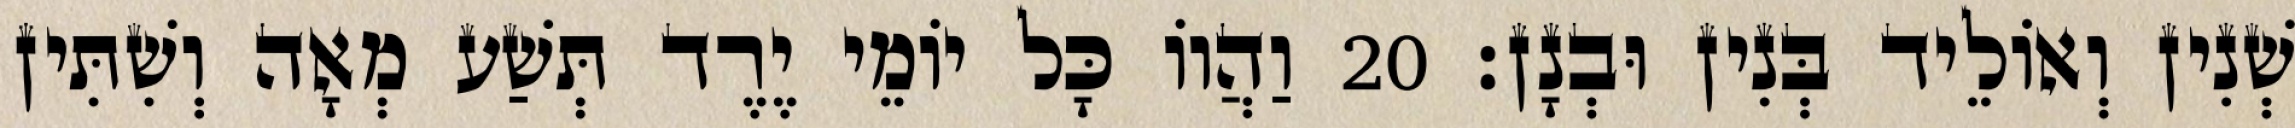
שְׁנִין וְאוֹלֵיד בְּנִין וּבְנָן׃ 20 וַהֲווֹ כָּל יוֹמֵי יֶרֶד תְּשַׁע מְאָה וְשִׁתִּין